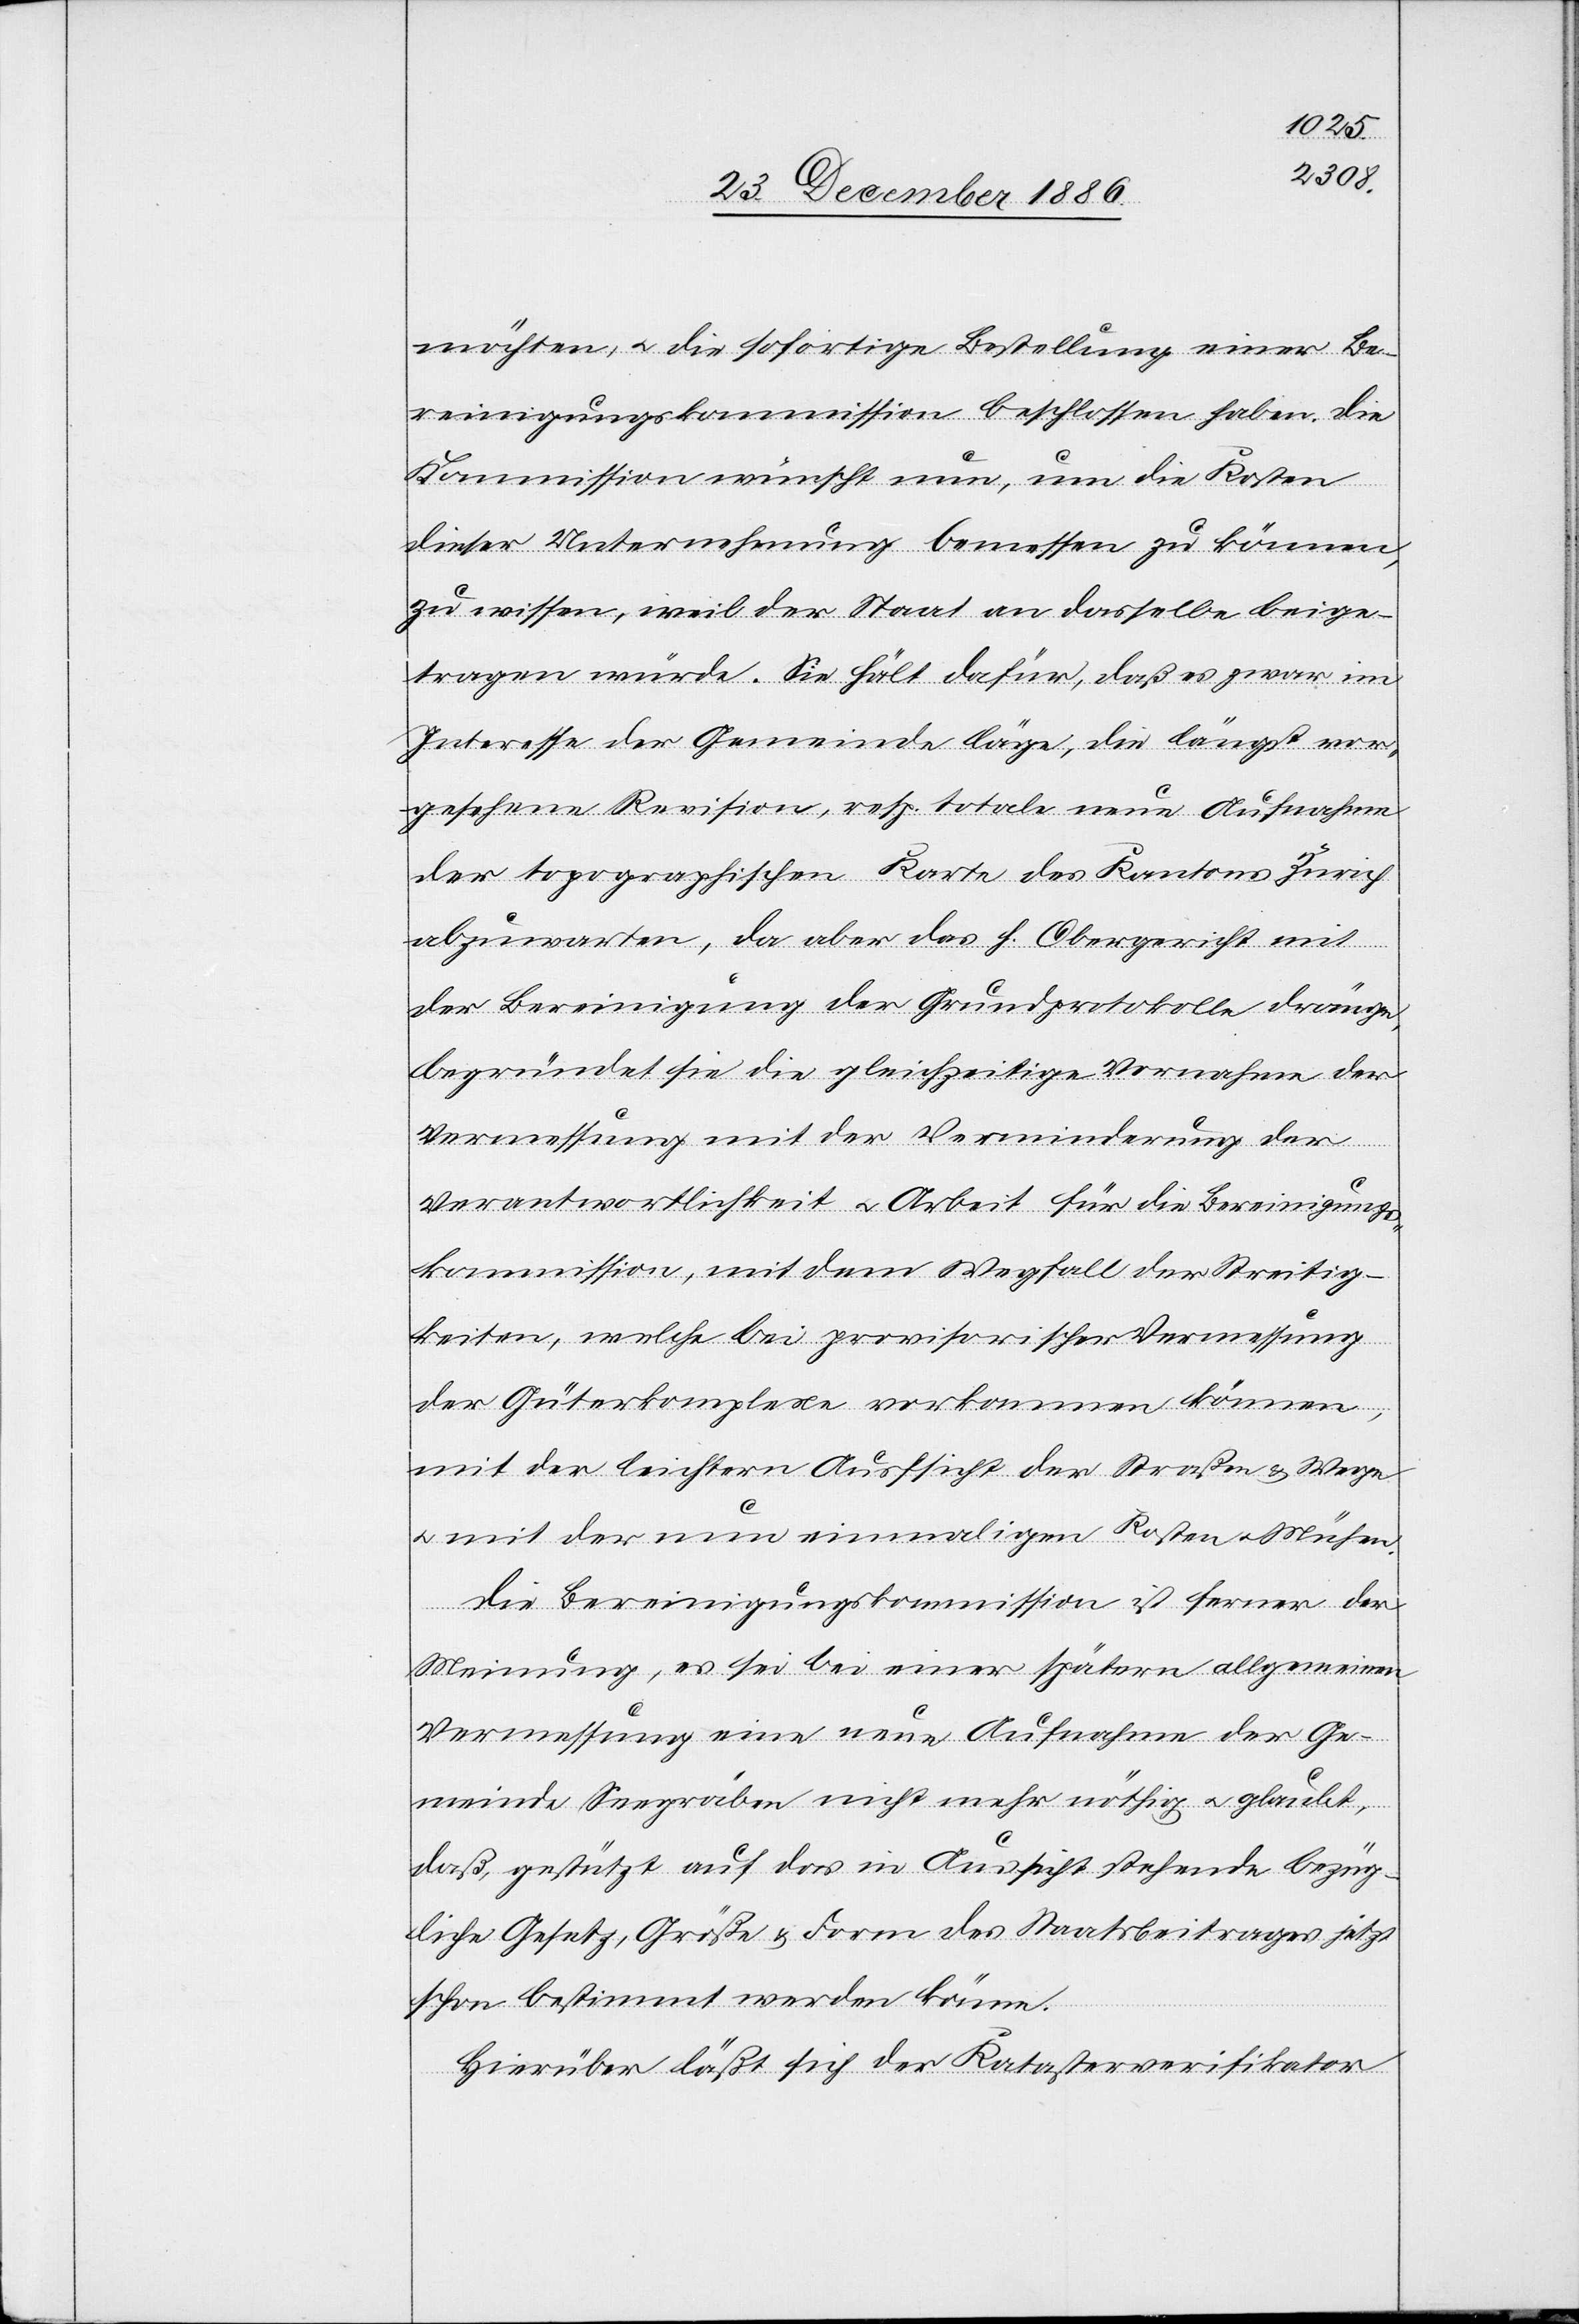
möchten, & die sofortige Bestellung einer Be¬
reinigungskommission beschlossen haben. Die
Kommission wünscht nun, um die Kosten
dieser Untersuchung bemessen zu können,
zu wissen, weil der Staat an dasselbe beige¬
tragen würde [sic!]. Sie hält dafür, daß es zwar im
Interesse der Gemeinde läge, die längst vor¬
gesehene Revision, resp. totale neue Aufnahme
der topographischen Karte des Kantons Zürich
abzuwarten, da aber das h. Obergericht mit
der Bereinigung der Grundprotokolle dränge,
begründet sie die gleichzeitige Vornahme der
Vermessung mit der Verminderung der
Verantwortlichkeit & Arbeit für die Bereinigungs¬
kommission, mit dem Wegfall der Streitig¬
keiten, welche bei provisorischer Vermessung
der Güterkomplexe vorkommen können,
mit der leichtern Ausfsicht [sic!] der Straßen & Wege
& mit der nun einmaligen Kosten & Mühen.
Die Bereinigungskommission ist ferner der
Meinung, es sei bei einer spätern allgemeinen
Vermessung eine neue Aufnahme der Ge¬
meinde Seegräben nicht mehr nöthig & glaubt,
daß, gestützt auf das in Aussicht stehende bezüg¬
liche Gesetz, Größe & Form des Staatsbeitrages jetzt
schon bestimmt werden könne.
Hierüber läßt sich der Katasterverifikator